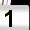
Digit: 1